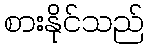
စားနိုင်သည်